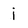
Character: i